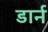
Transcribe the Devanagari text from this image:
डार्न